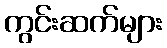
ကွင်းဆက်များ